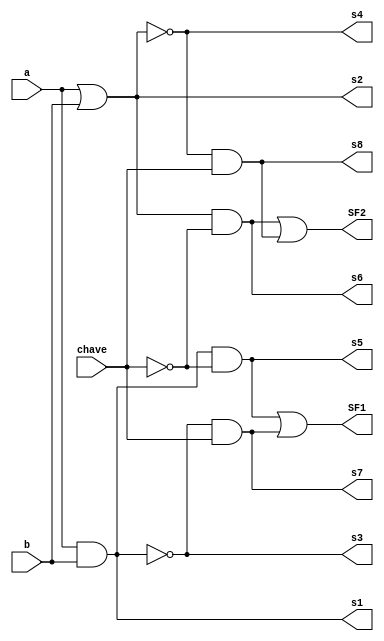

 // ------------------------- 
// Exemplo0033 - F4 
// Nome: Lucas Siqueira Chagas 
// ------------------------- 
// ------------------------- 
// f4_gate 
// ------------------------- 
module f4 (
output s1,
output s2, 
output s3,
output s4, 
output s5,
output s6,
output s7, 
output s8,
output SF1, 
output SF2,
input a, 
input b,

input chave
); 
and AND1 (s1, a,b);
or OR1 (s2, a, b);
nand nand1 (s3,a,b);
nor nor1 (s4,a,b);
and AND2 (s5,s1,~chave);
and AND3 (s6,s2,~chave);
and AND4 (s7,s3,chave);
and AND5 (s8,s4,chave);
or OR3 (SF1,s5,s7);
or OR4 (SF2,s6,s8);

endmodule // f4 
module test_f4; 
// ------------------------- definir dados 
reg  x; 
reg y;
reg c; 
wire z1;
wire z2;
wire z3;
wire z4;
wire z5;
wire z6;
wire z7;
wire z8;
wire zF1;
wire zF2;
f4 modulo (z1,z2,z3,z4,z5,z6,z7,z8,zF1,zF2, x,y, c); 
// ------------------------- parte principal 
initial begin 
$display("Exemplo0033 - Lucas Siqueira Chagas - 380783"); 
$display("Test LU's module"); 

end 
endmodule // test_f4